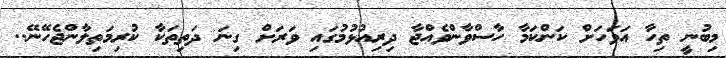
މިބުނީ ތިހާ އަވަހަށް ކަންކަމާ ހާސްވާންވެއްޖާ ދިރިއުޅުމުގައި ވަރަށް ގިނަ ދަތިތަކާ ކުރިމަތިލާންޖެހޭނޭ..